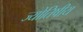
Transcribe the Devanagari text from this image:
ज्‍योतिषीय